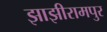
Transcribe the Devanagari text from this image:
झाझीरामपुर